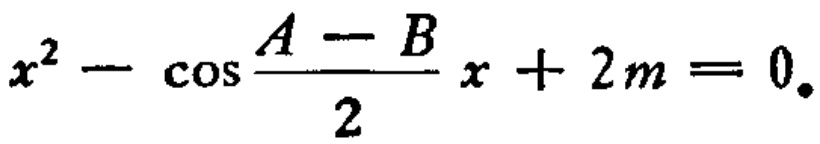
\(x^{2}-\cos\frac{A - B}{2}x + 2m = 0\)